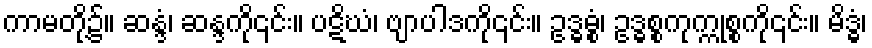
ကာမတို့၌။ ဆန္ဒံ၊ ဆန္ဒကို၎င်း။ ပဋိဃံ၊ ဗျာပါဒကို၎င်း။ ဥဒ္ဓဓ္စံ၊ ဥဒ္ဓစ္စကုက္ကုစ္စကို၎င်း။ မိဒ္ဓွံ၊